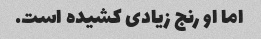
اما او رنج زیادی کشیده است.